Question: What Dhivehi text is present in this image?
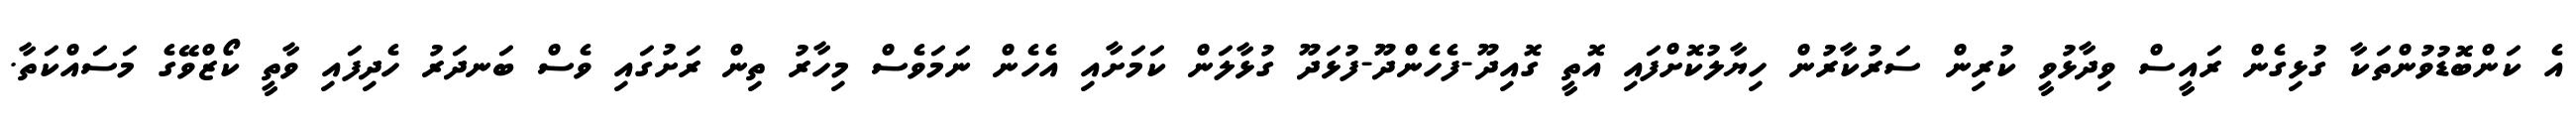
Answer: އެ ކަންބޮޑުވުންތަކާ ގުޅިގެން ރައީސް ވިދާޅުވީ ކުރިން ސަރުކާރުން ހިޔާލުކޮށްފައި އޮތީ ގޮއިދޫ-ފެހެންދޫ-ފުޅަދޫ ގުޅާލަން ކަމަށާއި އެހެން ނަމަވެސް މިހާރު ތިން ރަށުގައި ވެސް ބަނދަރު ހެދިފައި ވާތީ ކޯޒްވޭގެ މަސައްކަތާ.